Report on the working of the mental hospitals for Indians in Bihar and Orissa - 1925-1929
Year: 1925
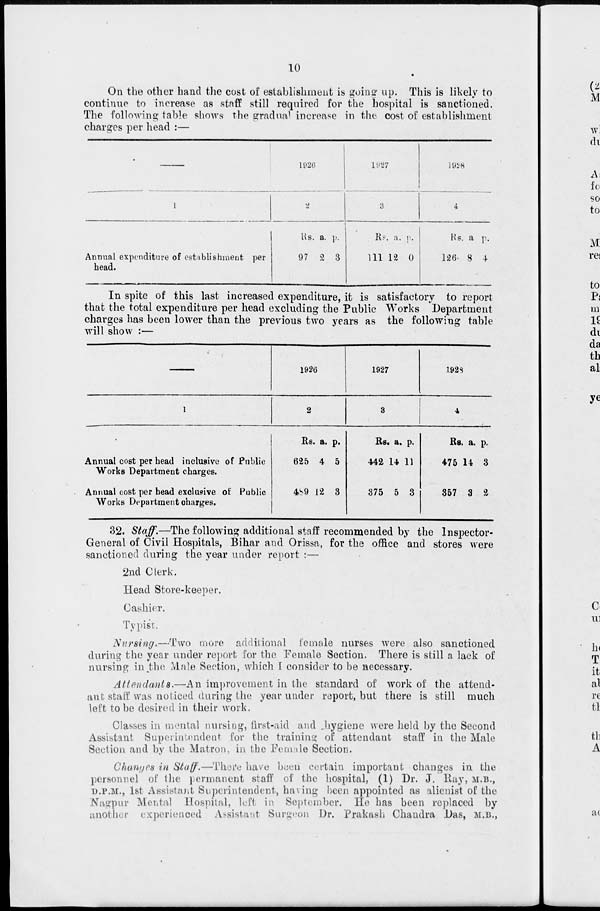
10
On the other hand the cost of establishment is going up. This is likely to
continue to increase as staff still required for the hospital is sanctioned.
The following table shows the gradual increase in the cost of establishment
charges per head :—
—
1
Annual expenditure of establishment per
head.
1926
2
Rs.
97
a.
2
p.
3
1927
3
Rs.
111
a.
12
p.
0
1928
4
Rs.
126
a
8
p.
4
In spite of this last increased expenditure, it is satisfactory to report
that the total expenditure per head excluding the Public Works Department
charges has been lower than the previous two years as the following table
will show :—
—
1
Annual cost pet head inclusive of Public
Works Department charges.
Annual cost per head exclusive of Public
Works Department charges.
1926
2
Rs.
625
489
a.
4
12
p.
5
3
1927
3
Rs.
442
375
a.
14
5
p.
11
3
1928
4
Rs.
475
357
a.
14
3
p.
3
2
32. Staff.—The following additional staff recommended by the Inspector-
General of Civil Hospitals, Bihar and Orissa, for the office and stores were
sanctioned during the year under report :—
2nd Clerk.
Head Store-keeper.
Cashier.
Typist.
Nursing.—Two more additional female nurses were also sanctioned
during the year under report for the Female Section. There is still a lack of
nursing in the Male Section, which I consider to be necessary.
Attendants.—An improvement in the standard of work of the attend-
ant staff was noticed during the year under report, but there is still much
left to be desired in their work.
Classes in mental nursing, first-aid and hygiene were held by the Second
Assistant Superintendent for the training of attendant staff in the Male
Section and by the Matron, in the Female Section.
Changes in Staff.—There have been certain important changes in the
personnel of the permanent staff of the hospital, (1) Dr. J. Ray, M.B.,
D.P.M., 1st Assistant Superintendent, having been appointed as alienist of the
Nagpur Mental Hospital, left in September. He has been replaced by
another experienced Assistant Surgeon Dr. Prakash Chandra Das, M.B.,